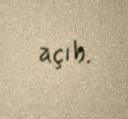
açıb.